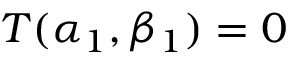
T ( \alpha _ { 1 } , \beta _ { 1 } ) = 0